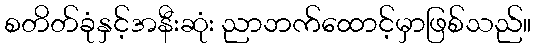
စတိတ်ခုံနှင့်အနီးဆုံး ညာဘက်ထောင့်မှာဖြစ်သည်။